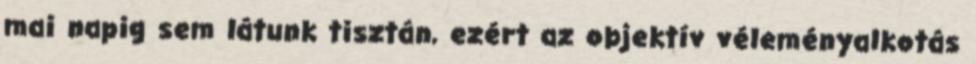
mai napig sem látunk tisztán, ezért az objektív véleményalkotás